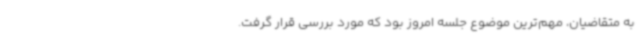
به متقاضیان، مهم‌ترین موضوع جلسه امروز بود که مورد بررسی قرار گرفت.